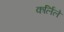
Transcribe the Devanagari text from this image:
कर्लिले